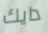
دايك